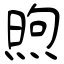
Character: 煦